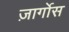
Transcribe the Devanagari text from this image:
ज़ार्गोस